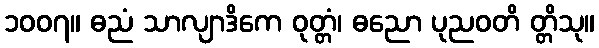
၁၀၀၇။ ဓညံ သာလျာဒိကေ ဝုတ္တံ၊ ဓညော ပုညဝတိ တ္တိသု။